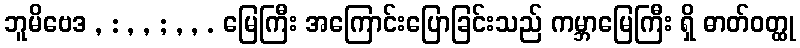
ဘူမိဗေဒ , : , , ; , , . မြေကြီး အကြောင်းပြောခြင်းသည် ကမ္ဘာမြေကြီး ရှိ ဓာတ်ဝတ္ထု